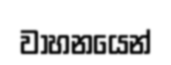
වාහනයෙන්